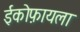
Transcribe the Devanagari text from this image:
ईकोफ़ायला